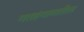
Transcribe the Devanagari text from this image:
गतहंगामातील